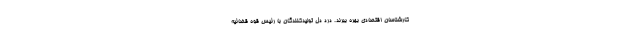
کارشناسان اقتصادی بهره ببرند. درد دل تولیدکنندگان با رئیس قوه قضائیه